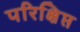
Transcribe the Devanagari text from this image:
परिक्षिप्त